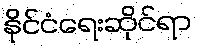
နိုင်ငံရေးဆိုင်ရာ